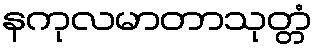
နကုလမာတာသုတ္တံ